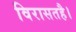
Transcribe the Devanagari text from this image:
विरासतहै।